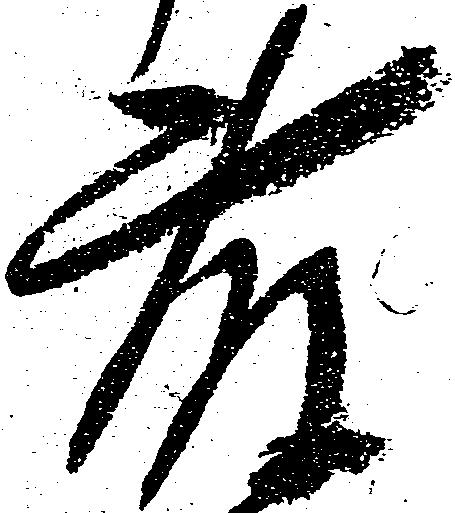
藤